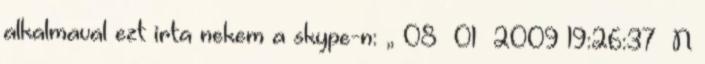
alkalmaval ezt irta nekem a skype-n: „ 08 01 2009 19:26:37 N